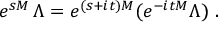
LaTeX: e ^ { s M } \, \Lambda = e ^ { ( s + i t ) M } ( e ^ { - i t M } \Lambda ) \ .